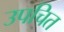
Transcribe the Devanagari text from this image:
उपचित